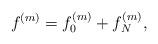
LaTeX: \begin{align*}f^{(m)} &= f^{(m)}_0+ f^{(m)}_N,\end{align*}